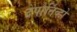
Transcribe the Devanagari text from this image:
देपोर्तिव्हो